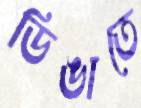
ডিঙাতে